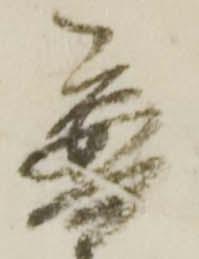
普